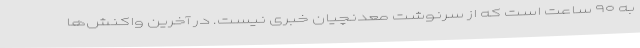
به ۹۰ ساعت است که از سرنوشت معدنچیان خبری نیست. در آخرین واکنش‌ها